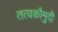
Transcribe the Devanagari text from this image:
तत्‍वकौमुदी